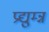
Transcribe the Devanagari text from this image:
प्रद्युम्न्न